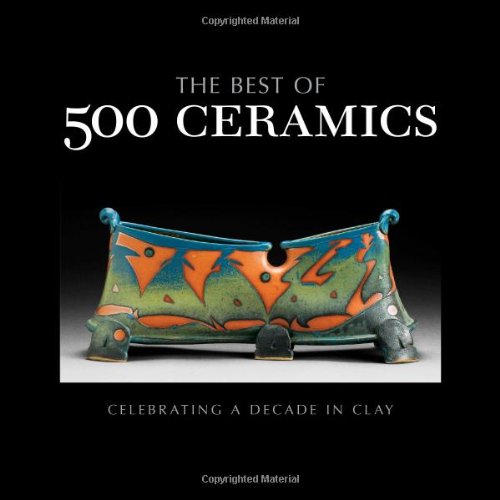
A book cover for The Best of 500 Ceramics: Celebrating a Decade in Clay (500 Series); Lark Crafts; Crafts, Hobbies & Home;